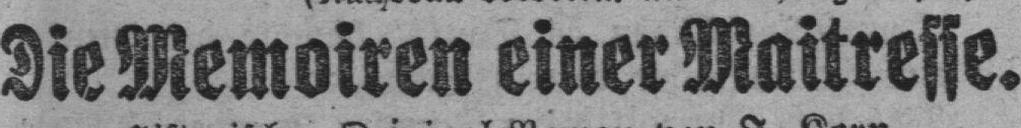
Die Memoiren einer Maitresse.